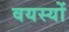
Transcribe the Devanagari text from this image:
वयस्यों